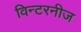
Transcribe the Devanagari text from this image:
विन्टरनीज